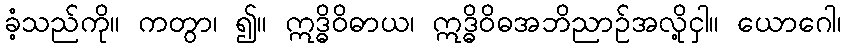
ခံ့သည်ကို။ ကတွာ၊ ၍။ ဣဒ္ဓိဝိဓာယ၊ ဣဒ္ဓိဝိဓအဘိညာဉ်အလို့ငှါ။ ယောဂေါ၊